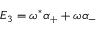
E _ { 3 } = \omega ^ { \ast } \alpha _ { + } + \omega \alpha _ { - }